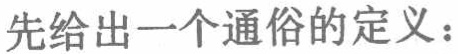
先给出一个通俗的定义：